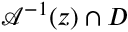
\mathcal { A } ^ { - 1 } ( z ) \cap D